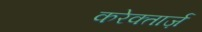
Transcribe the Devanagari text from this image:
करेक्तार्ज़